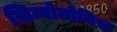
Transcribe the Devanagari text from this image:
सिम्बोलोजिस्ट